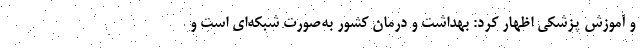
و آموزش پزشکی اظهار کرد: بهداشت و درمان کشور به‌صورت شبکه‌ای است و